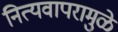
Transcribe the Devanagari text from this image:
नित्यवापरामुळे